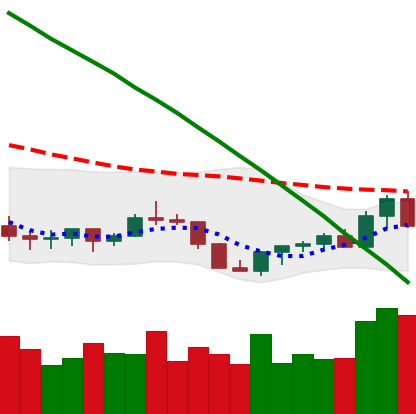
Ticker: XLM-USD
Chart end date: 2022-07-20
Forward return: -5.151%
Label: down_5_7